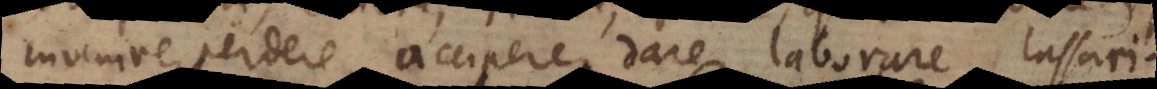
invenire, perdere, accipere, dare, laborare, lassari.